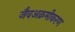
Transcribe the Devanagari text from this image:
जैवअक्रमीकरण